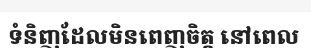
ទំនិញដែលមិនពេញចិត្ត នៅពេល